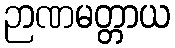
ဉာဏမတ္တာယ